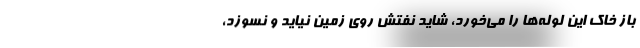
باز خاك اين لوله‌ها را مي‌خورد، شايد نفتش روي زمين نيايد و نسوزد،